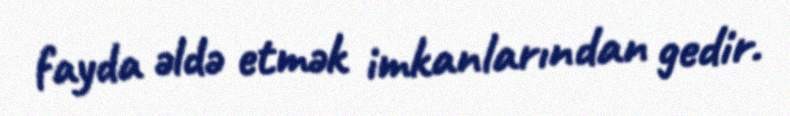
fayda əldə etmək imkanlarından gedir.